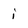
Character: i